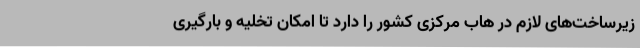
زیرساخت‌های لازم در هاب مرکزی کشور را دارد تا امکان تخلیه و بارگیری